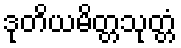
ဒုတိယမိတ္တသုတ္တံ